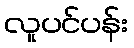
လူပင်ပန်း